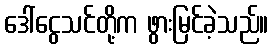
ဒေါ်ငွေသင်တို့က ဖွားမြင်ခဲ့သည်။